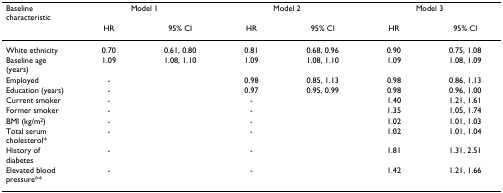
| Baseline characteristic | <COLSPAN=2> Model 1 | <COLSPAN=2> Model 2 | <COLSPAN=2> Model 3 |
 |  | HR | 95% CI | HR | 95% CI | HR | 95% CI |
 | --- | --- | --- | --- | --- | --- | --- |
 | White ethnicity | 0.70 | 0.61, 0.80 | 0.81 | 0.68, 0.96 | 0.90 | 0.75, 1.08 |
 | Baseline age (years) | 1.09 | 1.08, 1.10 | 1.09 | 1.08, 1.10 | 1.09 | 1.08, 1.09 |
 | Employed | - |  | 0.98 | 0.85, 1.13 | 0.98 | 0.86, 1.13 |
 | Education (years) | - |  | 0.97 | 0.95, 0.99 | 0.98 | 0.96, 1.00 |
 | Current smoker | - |  | - |  | 1.40 | 1.21, 1.61 |
 | Former smoker | - |  | - |  | 1.35 | 1.05, 1.74 |
 | BMI (kg/m2) | - |  | - |  | 1.02 | 1.01, 1.03 |
 | Total serum cholesterol* | - |  | - |  | 1.02 | 1.01, 1.04 |
 | History of diabetes | - |  | - |  | 1.81 | 1.31, 2.51 |
 | Elevated blood pressure** | - |  | - |  | 1.42 | 1.21, 1.66 |